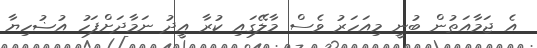
އެ ޖަމާއަތުން ބުނީ މިއަހަރު ވެސް މާލޭގައި ކުރާ އީދު ނަމާދަށްފަހު އުޟުހިޔާ